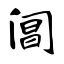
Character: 阊